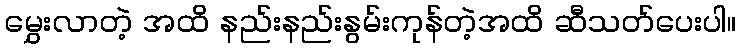
မွှေးလာတဲ့ အထိ နည်းနည်းနွမ်းကုန်တဲ့အထိ ဆီသတ်ပေးပါ။